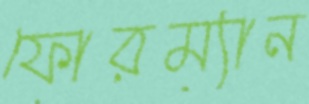
ফোরম্যান